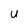
Character: u